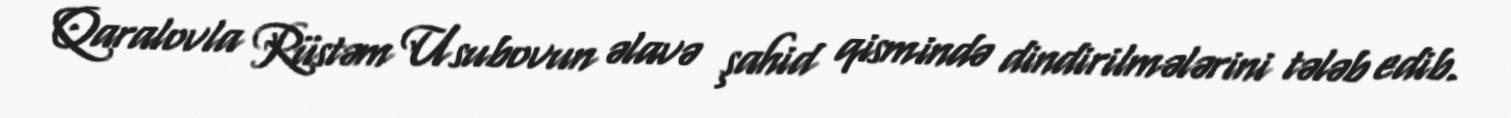
Qaralovla Rüstəm Usubovun əlavə şahid qismində dindirilmələrini tələb edib.